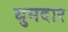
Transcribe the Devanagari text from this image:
घुमदार